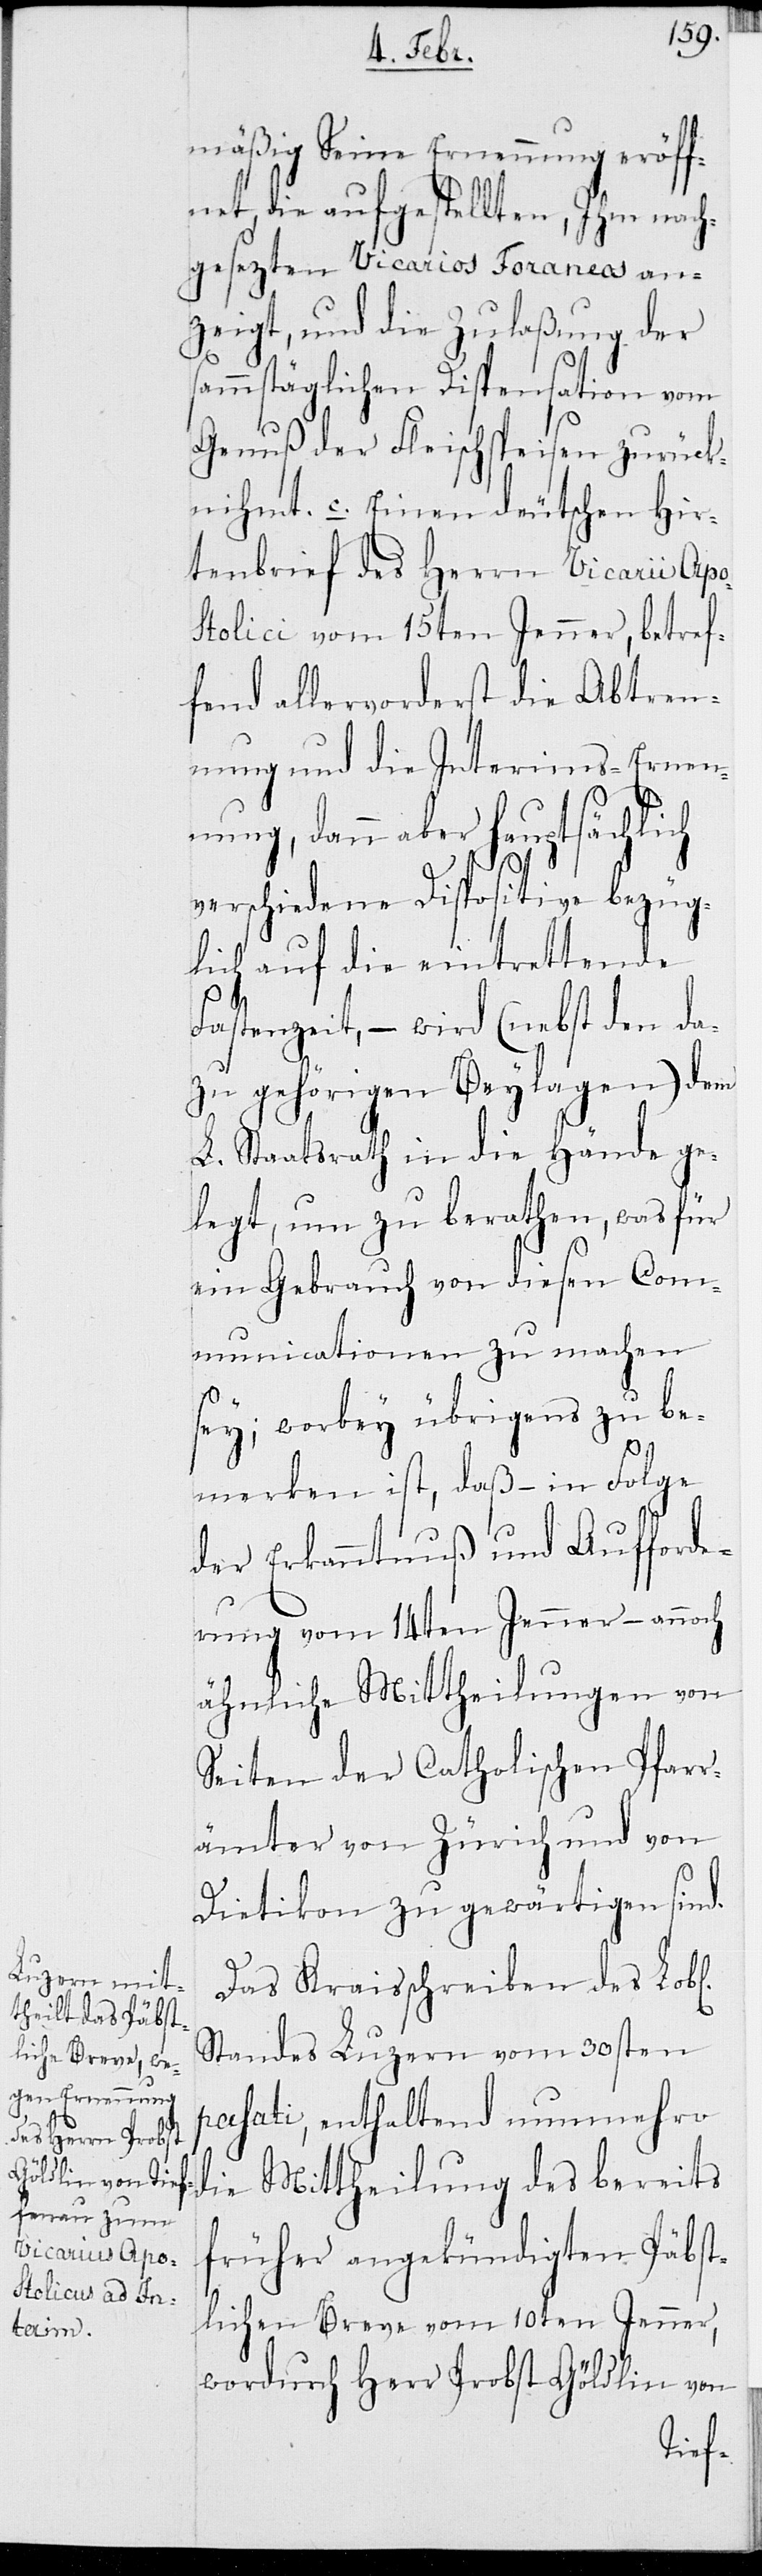
mäßig Seine Ernennung eröff¬
net, die aufgestellten, Ihm nach¬
gesezten Vicarios Foraneos ang¬
ezeigt, und die Zulaßung der
sammstäglichen Dispensation vom
Genuß der Fleischspeisen zurück¬
nihmt. c. Einen deutschen Hir¬
tenbrief des Herrn Vicarii Apo¬
stolici vom 15ten Jenner, betref¬
fend allervorderst die Abtren¬
nung und die Interims-Ernen¬
nung, dann aber hauptsächlich
verschiedene Dispositive bezüg¬
lich auf die eintrettende
Fastenzeit, – wird (nebst den da¬
zu gehörigen Beylagen) dem
L. Staatsrath in die Hände ge¬
legt, um zu berathen, was für
Com¬
ein Gebrauch von
muncationen zu
sey; worbey übrigens zu be¬
merken ist, daß
–
der Erkanntnuß und Auf¬
rung vom 14ten Jenner – annoch
ähnliche Mittheilungen von
Seiten der Catholischen Pfarr¬
ämter von Zürich und von
Dietikon zu gewärtigen sind.
Das Kraisschreiben des Lobl.
Standes Luzern vom 30sten
pasati, enthaltend nunmehro
die Mittheilung des bereits
früher angekündigten Päbst¬
lichen Breve vom 10ten Jenner,
wordurch Herr Probst Göldlin von
forde¬